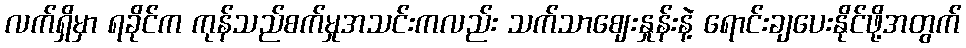
လက်ရှိမှာ ရခိုင်က ကုန်သည်စက်မှုအသင်းကလည်း သက်သာဈေးနှုန်းနဲ့ ရောင်းချပေးနိုင်ဖို့အတွက်